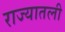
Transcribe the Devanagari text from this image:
राज्यातली